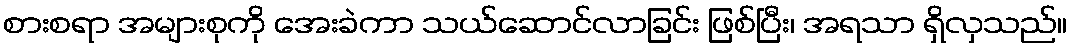
စားစရာ အများစုကို အေးခဲကာ သယ်ဆောင်လာခြင်း ဖြစ်ပြီး၊ အရသာ ရှိလှသည်။